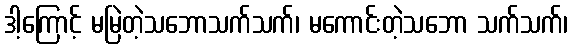
ဒါ့ကြောင့် မမြဲတဲ့သဘောသက်သက်၊ မကောင်းတဲ့သဘော သက်သက်၊